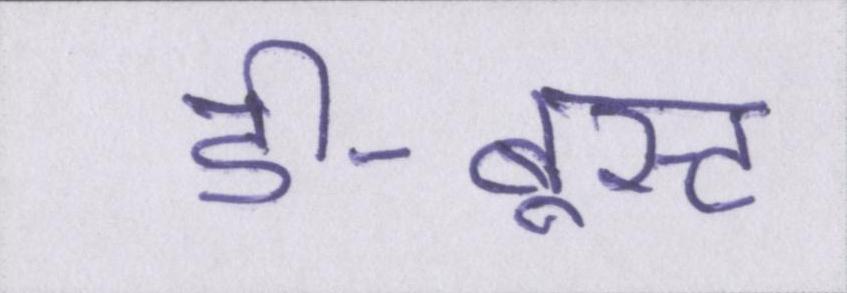
डी-बूस्ट